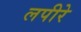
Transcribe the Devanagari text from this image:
लपीरे